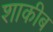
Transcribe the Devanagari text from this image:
शाकीब